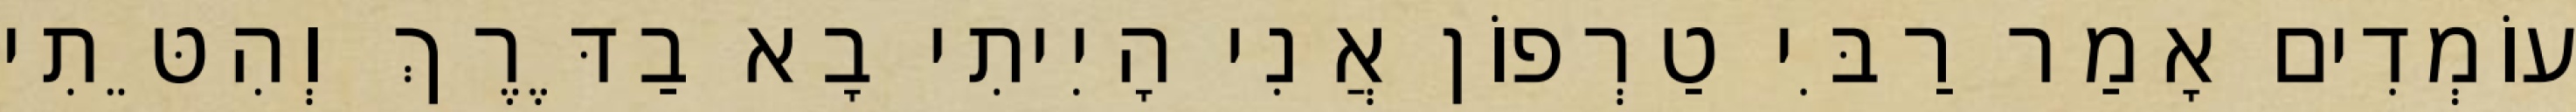
עוֹמְדִים אָמַר רַבִּי טַרְפוֹן אֲנִי הָיִיתִי בָא בַדֶּרֶךְ וְהִטֵּתִי